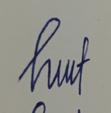
Signature authenticity: genuine